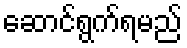
ဆောင်ရွက်ရမည်